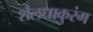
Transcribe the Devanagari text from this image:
शैलधाकुरंग